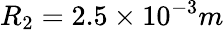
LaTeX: R_{2}=2.5\times 10^{-3}m